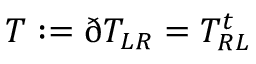
T : = ð T _ { L R } = T _ { R L } ^ { t }